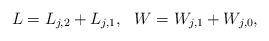
LaTeX: \begin{align*} L=L_{j,2} + L_{j,1},\ \ W=W_{j,1} + W_{j,0}, \end{align*}